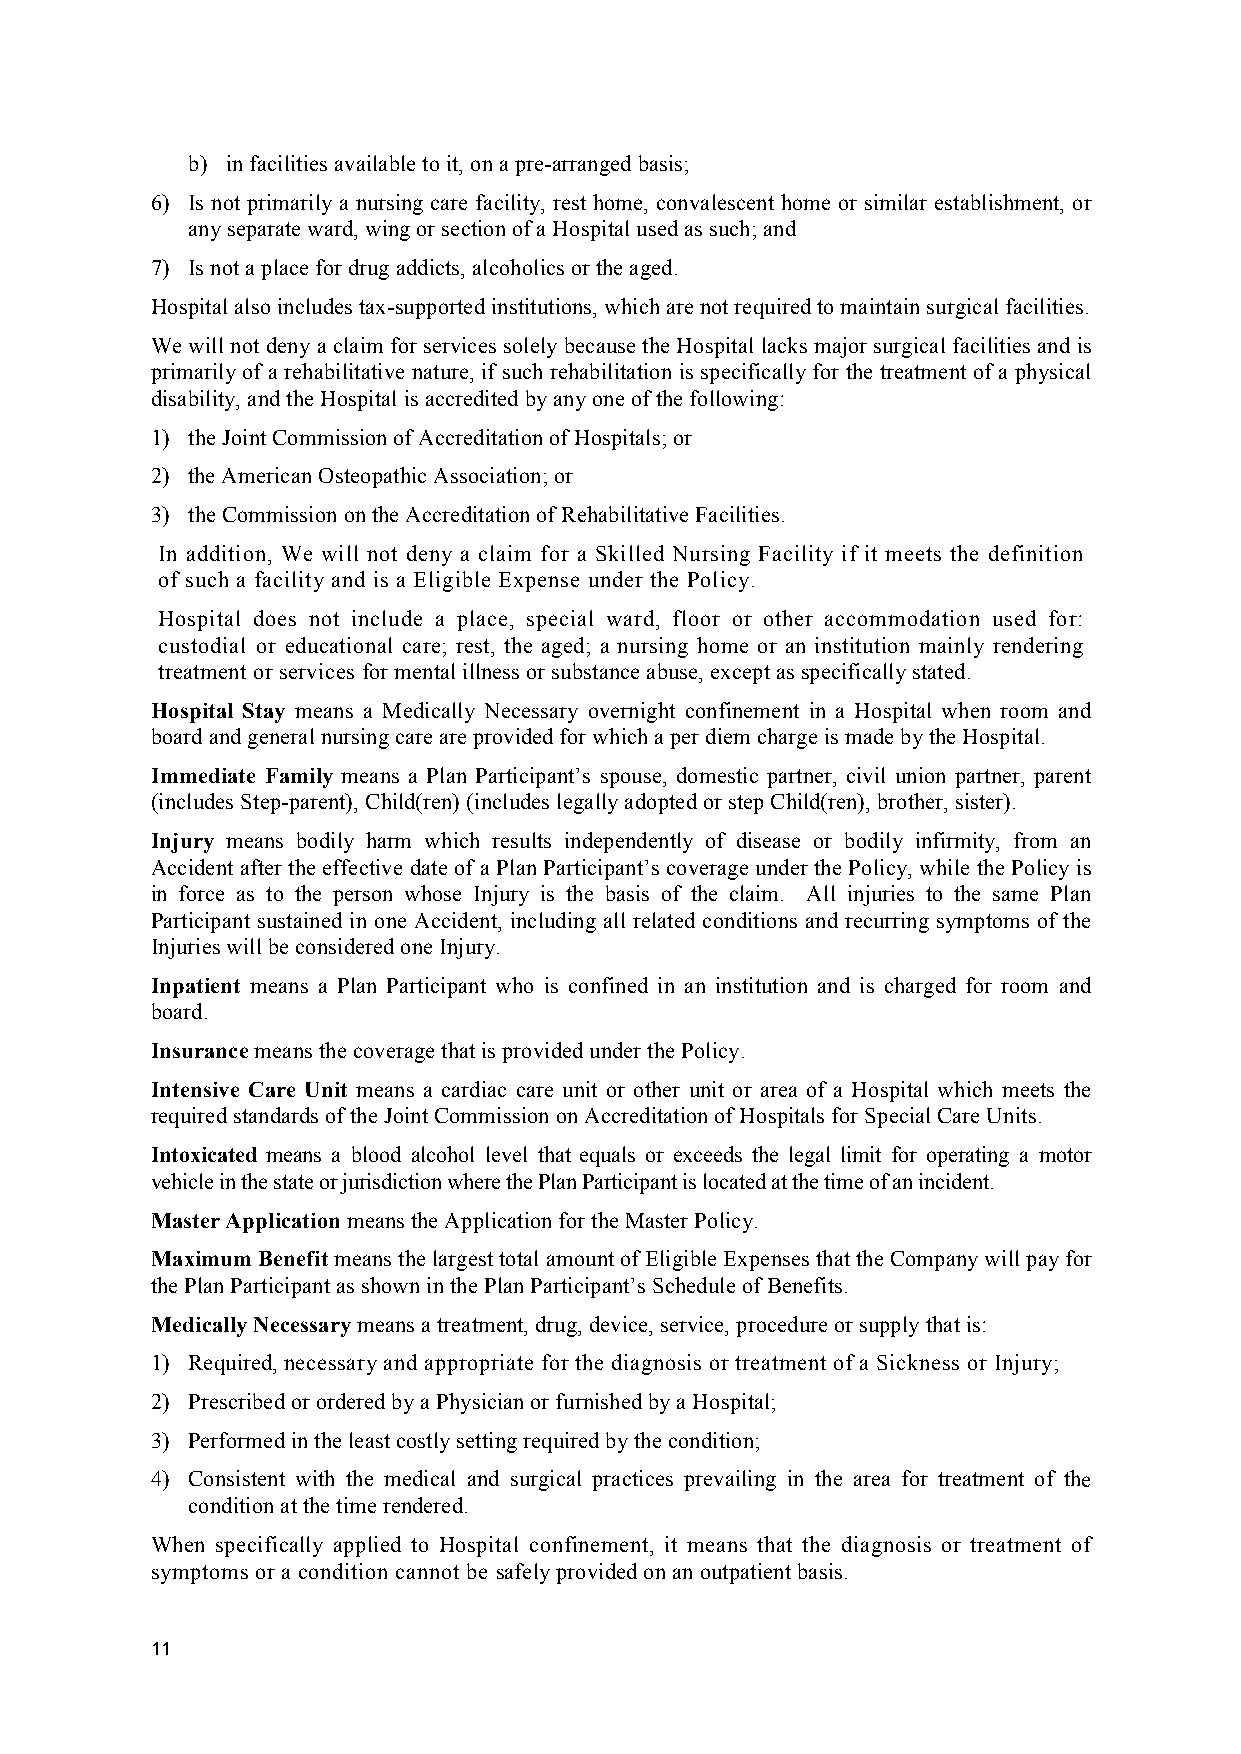
b) in facilities available to it, on a pre-arranged basis;
 6) Is not primarily a nursing care facility, rest home, convalescent home or similar establishment, or
 any separate ward, wing or section of a Hospital used as such; and
 7) Is not a place for drug addicts, alcoholics or the aged.
 Hospital also includes tax-supported institutions, which are not required to maintain surgical facilities.
 We will not deny a claim for services solely because the Hospital lacks major surgical facilities and is
 primarily of a rehabilitative nature, if such rehabilitation is specifically for the treatment of a physical
 disability, and the Hospital is accredited by any one of the following:
 1) the Joint Commission of Accreditation of Hospitals; or
 2) the American Osteopathic Association; or
 3) the Commission on the Accreditation of Rehabilitative Facilities.
 In addition, We will not deny a claim for a Skilled Nursing Facility if it meets the definition
 of such a facility and is a Eligible Expense under the Policy.
 Hospital does not include a place, special ward, floor or other accommodation used for:
 custodial or educational care; rest, the aged; a nursing home or an institution mainly rendering
 treatment or services for mental illness or substance abuse, except as specifically stated.
 Hospital Stay means a Medically Necessary overnight confinement in a Hospital when room and
 board and general nursing care are provided for which a per diem charge is made by the Hospital.
 Immediate Family means a Plan Participant’s spouse, domestic partner, civil union partner, parent
 (includes Step-parent), Child(ren) (includes legally adopted or step Child(ren), brother, sister).
 Injury means bodily harm which results independently of disease or bodily infirmity, from an
 Accident after the effective date of a Plan Participant’s coverage under the Policy, while the Policy is
 in force as to the person whose Injury is the basis of the claim. All injuries to the same Plan
 Participant sustained in one Accident, including all related conditions and recurring symptoms of the
 Injuries will be considered one Injury.
 Inpatient means a Plan Participant who is confined in an institution and is charged for room and
 board.
 Insurance means the coverage that is provided under the Policy.
 Intensive Care Unit means a cardiac care unit or other unit or area of a Hospital which meets the
 required standards of the Joint Commission on Accreditation of Hospitals for Special Care Units.
 Intoxicated means a blood alcohol level that equals or exceeds the legal limit for operating a motor
 vehicle in the state or jurisdiction where the Plan Participant is located at the time of an incident.
 Master Application means the Application for the Master Policy.
 Maximum Benefit means the largest total amount of Eligible Expenses that the Company will pay for
 the Plan Participant as shown in the Plan Participant’s Schedule of Benefits.
 Medically Necessary means a treatment, drug, device, service, procedure or supply that is:
 1) Required, necessary and appropriate for the diagnosis or treatment of a Sickness or Injury;
 2) Prescribed or ordered by a Physician or furnished by a Hospital;
 3) Performed in the least costly setting required by the condition;
 4) Consistent with the medical and surgical practices prevailing in the area for treatment of the
 condition at the time rendered.
 When specifically applied to Hospital confinement, it means that the diagnosis or treatment of
 symptoms or a condition cannot be safely provided on an outpatient basis.
 11